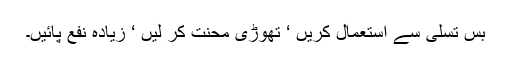
بس تسلی سے استعمال کریں ‘ تھوڑی محنت کر لیں ‘ زیادہ نفع پائیں۔